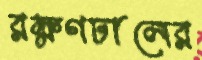
রক্ষণঢালের